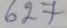
627